Vaccination in Burma 1920-1933 - 1920-1933
Year: 1920
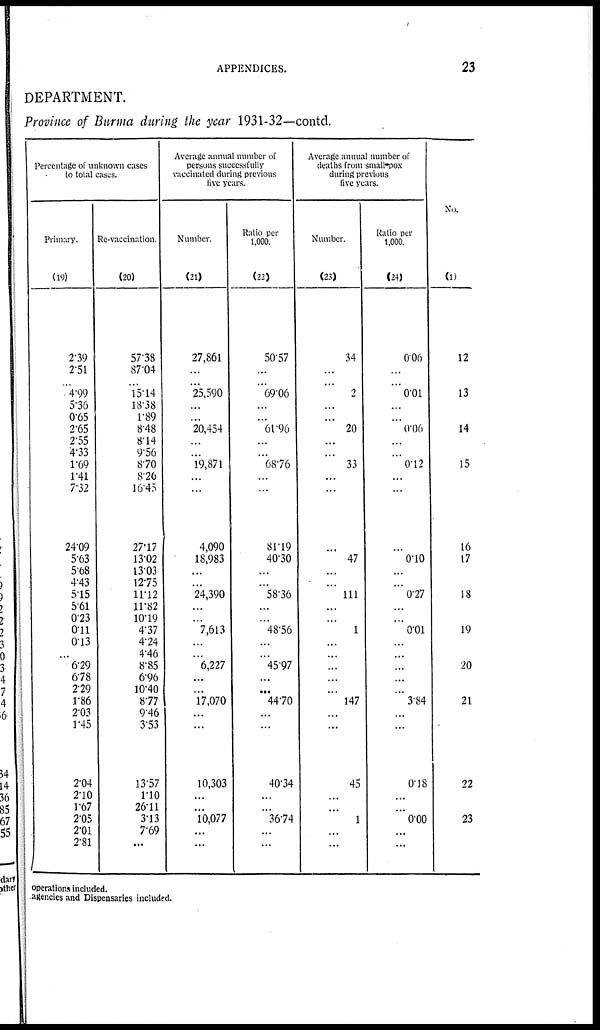
APPENDICES.
23
DEPARTMENT.
Province of Burma during the year 1931-32—contd.
Percentage of unknown cases
to total cases.
Primary.
(19)
2.39
2.51
... 4.99
5.36
0.65
2.65
2.55
4.33
1.69
1.41
7.32
24.09
5.63
5.68
4.43
5.15
5.61
0.23
0.11
013
...
6.29
6.78
2.29
1.86
203
1.45
2.04
210
1.67
2.05
2.01
2.81
Re-vaccination.
(20)
57.38
87.04
...
1514
18.38
1.89
8.48
8.14
9.56
8.70
8.26
16.45
27.17
13.02
13.03
12.75
11.12
11.82
10.19
437
4.24
4.46
8.85
6.96
10.40
8.77
9.46
3.53
13.57
110
26.11
3.13
7.69
...
Average annual number of
persons successfully
vaccinated during previous
five years.
Number.
(21)
27,861
...
... 25,590
...
...
20,454
...
...
19,871
...
...
4,090
18,983
...
...
24,390
...
...
7,613
...
...
6,227
...
...
17,070
...
...
10,303
...
...
10,077
...
...
Ratio per
1,000.
(22)
50.57
...
... 69.06
...
...
61.96
...
...
68.76
...
...
81.19
40.30
...
...
58.36
...
...
48.56
...
...
45.97
...
...
44.70
...
...
40.34
...
...
36.74
...
...
Average annual number of
deaths from small-pox
during previous
five years.
Number.
(23)
34
...
...
2
...
...
20
...
...
33
...
...
...
47
...
...
111
...
...
1
...
...
...
...
...
147
...
...
45
...
...
1
...
...
Ratio per
1,000.
(24)
0.06
...
... 0.01
...
...
0.06
...
...
0.12
...
...
...
0.10
...
...
0.27
...
...
0.01
...
...
...
...
...
3.84
...
...
0.18
...
...
0.00
...
...
No.
(1)
12
13
14
15
16
17
18
19
20
21
22
23
operations included.
agencies and Dispensaries included.